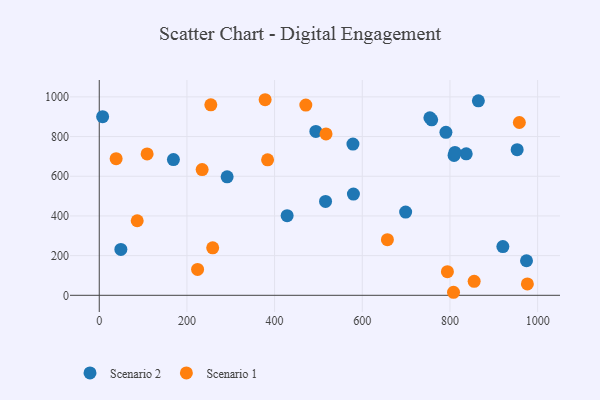
{"axis": {"x": "Experience", "y": "Fuel Efficiency"}, "legend": ["Scenario 1", "Scenario 2"], "data": [{"x": "578.7", "y": 762.2, "type": "Scenario 2"}, {"x": "169.2", "y": 684.1, "type": "Scenario 2"}, {"x": "428.6", "y": 401.1, "type": "Scenario 2"}, {"x": "698.9", "y": 419.6, "type": "Scenario 2"}, {"x": "790.8", "y": 821.3, "type": "Scenario 2"}, {"x": "809.4", "y": 705.2, "type": "Scenario 2"}, {"x": "758.3", "y": 884.3, "type": "Scenario 2"}, {"x": "494.1", "y": 826.0, "type": "Scenario 2"}, {"x": "837.1", "y": 712.9, "type": "Scenario 2"}, {"x": "920.7", "y": 245.7, "type": "Scenario 2"}, {"x": "516.2", "y": 473.4, "type": "Scenario 2"}, {"x": "953.3", "y": 733.8, "type": "Scenario 2"}, {"x": "754.2", "y": 894.8, "type": "Scenario 2"}, {"x": "7.7", "y": 900.4, "type": "Scenario 2"}, {"x": "811.4", "y": 720.0, "type": "Scenario 2"}, {"x": "579.8", "y": 510.2, "type": "Scenario 2"}, {"x": "291.7", "y": 597.0, "type": "Scenario 2"}, {"x": "974.6", "y": 174.2, "type": "Scenario 2"}, {"x": "49.3", "y": 231.5, "type": "Scenario 2"}, {"x": "864.8", "y": 980.4, "type": "Scenario 2"}, {"x": "958.3", "y": 870.9, "type": "Scenario 1"}, {"x": "794.2", "y": 119.3, "type": "Scenario 1"}, {"x": "808.1", "y": 15.3, "type": "Scenario 1"}, {"x": "234.7", "y": 633.8, "type": "Scenario 1"}, {"x": "254.5", "y": 960.2, "type": "Scenario 1"}, {"x": "657.3", "y": 280.2, "type": "Scenario 1"}, {"x": "384.0", "y": 682.8, "type": "Scenario 1"}, {"x": "86.6", "y": 375.8, "type": "Scenario 1"}, {"x": "378.4", "y": 985.7, "type": "Scenario 1"}, {"x": "976.6", "y": 57.4, "type": "Scenario 1"}, {"x": "471.2", "y": 958.7, "type": "Scenario 1"}, {"x": "38.5", "y": 688.5, "type": "Scenario 1"}, {"x": "258.8", "y": 239.5, "type": "Scenario 1"}, {"x": "517.3", "y": 813.5, "type": "Scenario 1"}, {"x": "109.2", "y": 712.7, "type": "Scenario 1"}, {"x": "855.2", "y": 70.3, "type": "Scenario 1"}, {"x": "224.3", "y": 130.3, "type": "Scenario 1"}]}